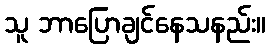
သူ ဘာပြောချင်နေသနည်း။